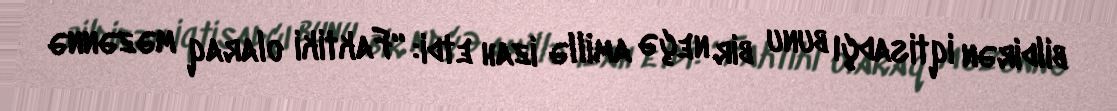
bildirən iqtisadçı bunu bir neçə amillə izah etdi: “Faktiki olaraq məzənnə